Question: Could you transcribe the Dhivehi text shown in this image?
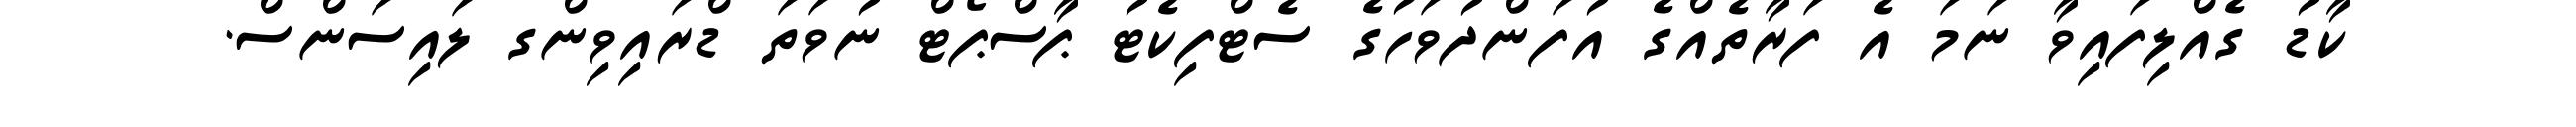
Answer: ކާޑު ގެއްލިފައިވާ ނަމަ އެ ފަރާތެއްގެ އުފަންދުވަހުގެ ސެޓްފިކެޓު ޕާސްޕޯޓް ނުވަތަ ޑްރައިވިންގ ލައިސަންސް.